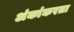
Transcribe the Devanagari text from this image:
अंकांकरता